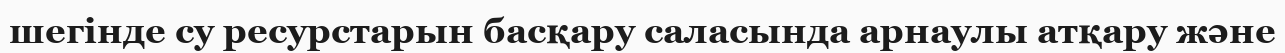
шегінде су ресурстарын басқару саласында арнаулы атқару және